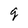
Character: q